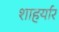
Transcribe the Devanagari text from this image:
शाहर्यार